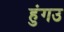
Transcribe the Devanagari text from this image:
हुंगउ